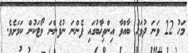
މަހު 22 ވަނަ ދުވަހު ބާއްވާ އިންތިޚާބުގައި ފެންނަ ނުފެންނަ ވޯޓަކުން ކަމަށެވެ.